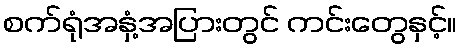
စက်ရုံအနှံ့အပြားတွင် ကင်းတွေနှင့်။